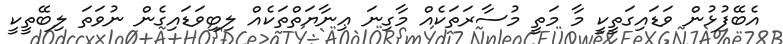
އެބޭފުޅުން ވަޑައިގަތީކީ މާ މަތީ މުސާރަތަކެއް މާގިނަ ޢިނާޔަތްތަކެއް ލިބިވަޑައިގެން ނުވަތަ ލިބޭތީކީ